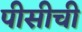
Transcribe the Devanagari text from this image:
पीसीची